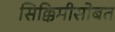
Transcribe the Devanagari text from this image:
सिक्किमीसोबत